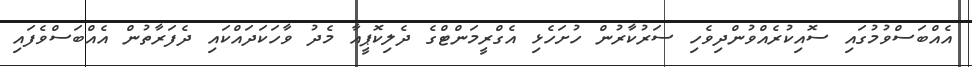
އެއްބަސްވުމުގައި ސޮއިކުރެއްވުންދިވެހި ސަރުކާރުން ހުށަހެޅި އެގްރީމަންޓްގެ ދެލިކޮޕީއާ މެދު ވާހަކަދައްކައި ދެފަރާތުން އެއްބަސްވެފައި